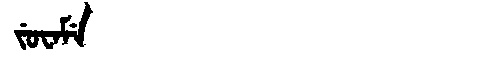
Manchu: ᠵᡠᠸᠠᠮᡝ
Romanization: JUWAME